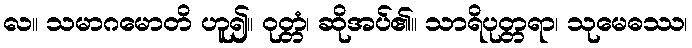
လ။ သမာဂမောတိ ဟူ၍။ ဝုတ္တံ၊ ဆိုအပ်၏။ သာရိပုတ္တရာ၊ သုမေဓဿ၊